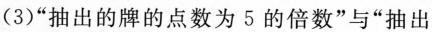
(3)“出的牌的点数为 5 的倍数”与“抽出